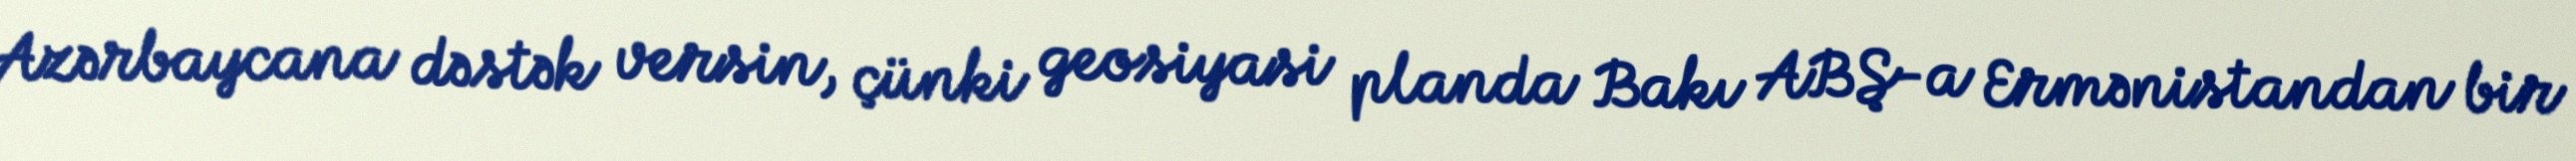
Azərbaycana dəstək versin, çünki geosiyasi planda Bakı ABŞ-a Ermənistandan bir